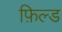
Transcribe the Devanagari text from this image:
फ़िल्ड